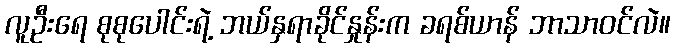
လူဦးရေ စုစုပေါင်းရဲ့ ဘယ်နှရာခိုင်နှုန်းက ခရစ်ယာန် ဘာသာဝင်လဲ။